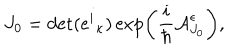
J _ { 0 } = \det ( e ^ { i } { } _ { \kappa } ) \exp \left( \frac { i } { \hbar } { \cal A } _ { J _ { 0 } } ^ { \epsilon } \right) ,